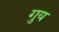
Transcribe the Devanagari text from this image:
गुय